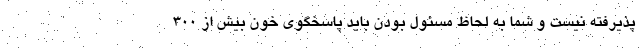
پذیرفته نیست و شما به لحاظ مسئول بودن باید پاسخگوی خون بیش از ۳۰۰